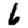
Digit: 6